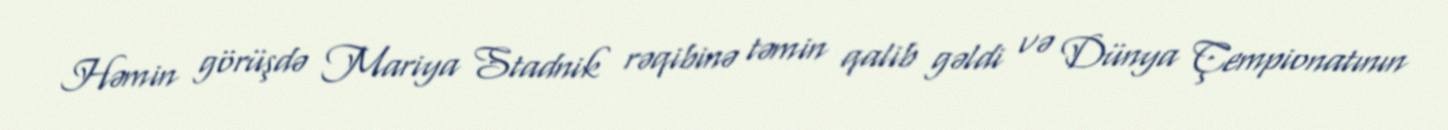
Həmin görüşdə Mariya Stadnik rəqibinə təmin qalib gəldi və Dünya Çempionatının